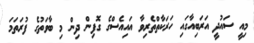
މިއީ ސައުދީ އަރަބިއާގައި ހަރަކާތްތެރިވާ އައިއެސްގެ ގޮފިން ދިން މި ބާވަތުގެ ފުރަތަމަ